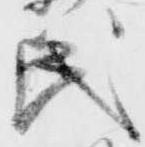
氏